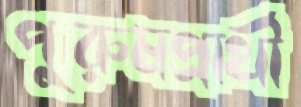
পুরুষপ্রার্থী